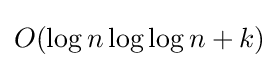
O(\log n\log \log n+k)